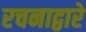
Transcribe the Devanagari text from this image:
रचनाद्वारे